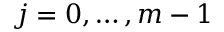
j = 0 , \dots , m - 1